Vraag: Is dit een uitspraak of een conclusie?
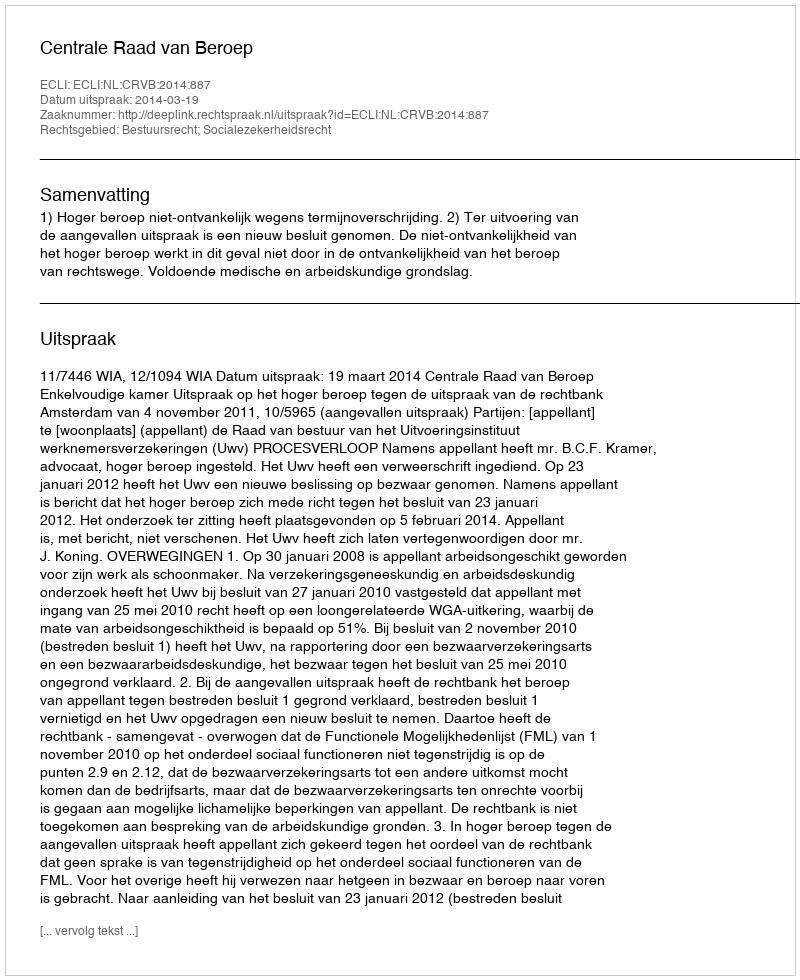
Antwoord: Uitspraak